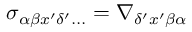
\sigma _ { \alpha \beta x ^ { \prime } \delta ^ { \prime } . . . } = \nabla _ { \delta ^ { \prime } x ^ { \prime } \beta \alpha }